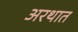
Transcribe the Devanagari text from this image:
अरथात